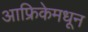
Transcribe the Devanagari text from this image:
आफ्रिकेमधून